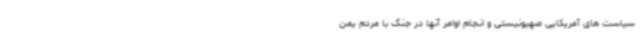
سیاست های آمریکایی صهیونیستی و انجام اوامر آنها در جنگ با مردم یمن